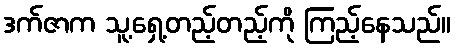
ဒက်ဇာက သူ့ရှေ့တည့်တည့်ကို ကြည့်နေသည်။